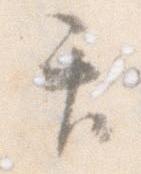
て